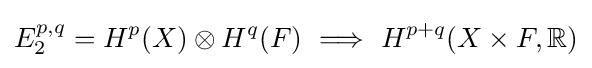
E_{2}^{p,q}=H^{p}(X)\otimes H^{q}(F)\ \Longrightarrow \ H^{p+q}(X\times F,\mathbb {R} )